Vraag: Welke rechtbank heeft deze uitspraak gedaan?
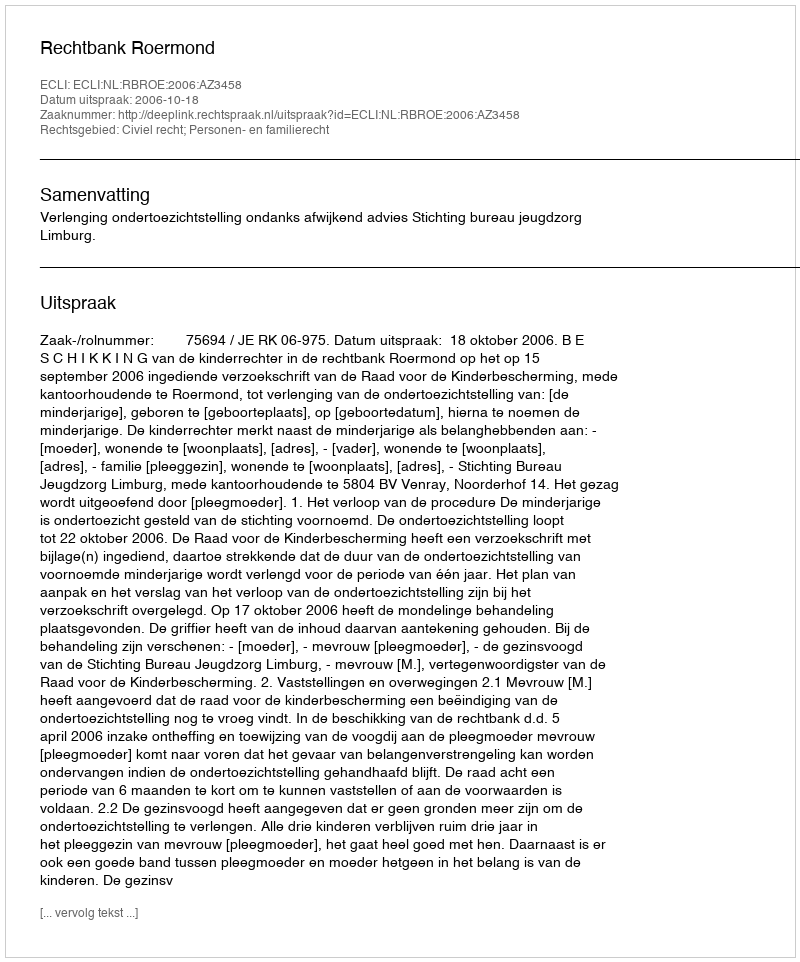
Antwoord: Rechtbank Roermond